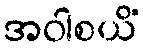
အဝါစယိံ